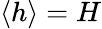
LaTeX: \langle h\rangle=H